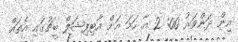
އިން ދަންވަރު 00: 2 އާ ހަމަ އަށް އާޓިފިޝަލް ބީޗުގައި އެތައް